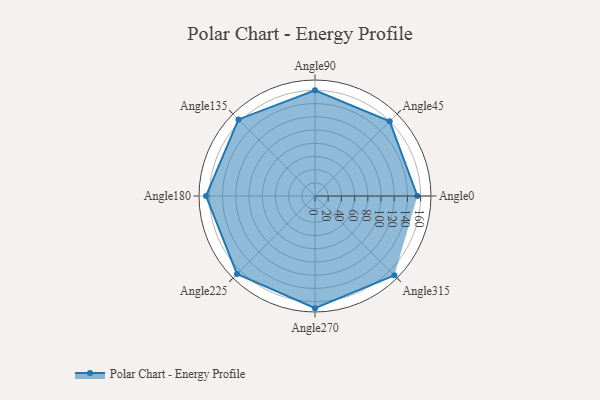
{"axis": {"x": "Angle", "y": "Radius"}, "legend": [""], "data": [{"x": "Angle0", "y": 155.0, "type": ""}, {"x": "Angle45", "y": 160.0, "type": ""}, {"x": "Angle90", "y": 160.0, "type": ""}, {"x": "Angle135", "y": 164.0, "type": ""}, {"x": "Angle180", "y": 165.0, "type": ""}, {"x": "Angle225", "y": 167.0, "type": ""}, {"x": "Angle270", "y": 170, "type": ""}, {"x": "Angle315", "y": 170, "type": ""}]}